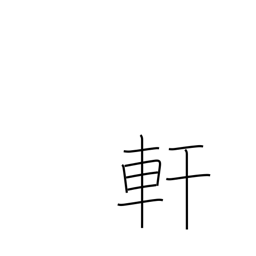
Meaning: eaves